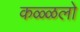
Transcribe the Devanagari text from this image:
कळ्ळलो